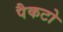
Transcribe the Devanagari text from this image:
पैकटो